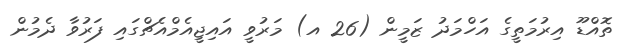
ތޮއްޑޫ އިރުމަތީގެ އަހްމަދު ޒަމީން (26 އ) މަރުވީ އައިޖީއެމްއެޗްގައި ފަރުވާ ދެމުން